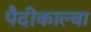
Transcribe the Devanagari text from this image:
पैदीकाल्वा